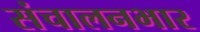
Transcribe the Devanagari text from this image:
संचालनभार